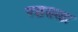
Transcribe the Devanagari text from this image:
पञ्चसखा